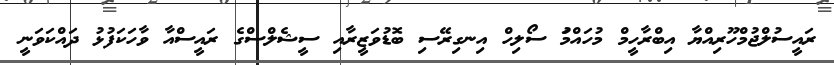
ރައީސުލްޖުމްހޫރިއްޔާ އިބްރާހީމް މުހައްމަު ސޯލިހް އިނގިރޭސި ބޮޑުވަޒީރާއި ސީޝެލްސްގެ ރައީސްއާ ވާހަކަފުޅު ދައްކަވަނީ